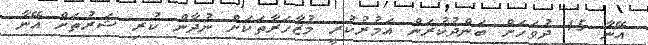
އޭނާ 15 ދުވަހަށް ބަންދުކުރަން އަމުރުކުރީ މުޒާހަރާތަކަށް ނުދާން ކުރި ޝަރުތަށް އޭނާ